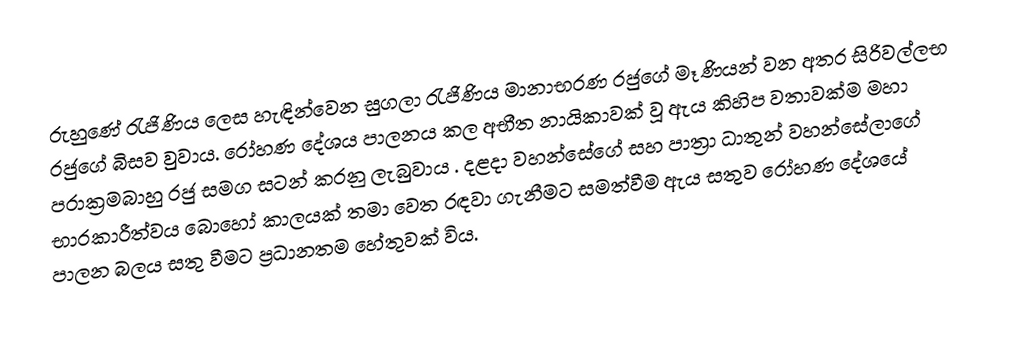
රුහුණේ රැජිණිය ලෙස හැඳින්වෙන සුගලා  රැජිණිය මානාභරණ රජුගේ මෑණියන් වන අතර සිරිවල්ලභ රජුගේ බිසව වුවාය. රෝහණ දේශය පාලනය කල අභීත නායිකාවක් වූ ඇය කිහිප වතාවක්ම මහා පරාක්‍රමබාහු රජු සමග  සටන් කරනු ලැබුවාය . දළදා වහන්සේගේ සහ පාත්‍රා ධාතුන් වහන්සේලාගේ භාරකාරීත්වය බොහෝ කාලයක් තමා වෙත රඳවා ගැනීමට සමත්වීම ඇය සතුව රෝහණ දේශයේ පාලන බලය සතු වීමට ප්‍රධානතම හේතුවක් විය.